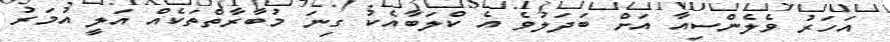
އަހަރު ވެލެންސިއާ އަށް ބަދަލުވެ އެ ކްލަބާއެކު ގިނަ މުބާރާތްތަކެއް އަލީ އުމަރު